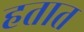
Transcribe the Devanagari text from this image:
हतात